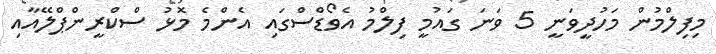
މިފިލްމުން މަހުދީވަނީ 5 ވަނަ ގައުމީ ފިލްމު އެވޯޑްސްގައި އެންމެ މޮޅު ސްކްރީންޕްލޭއާއި